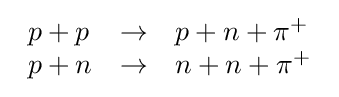
{\begin{array}{lll}p+p&\rightarrow &p+n+\pi ^{+}\\p+n&\rightarrow &n+n+\pi ^{+}\\\end{array}}